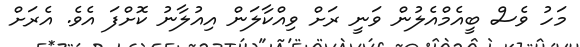
މަހު ވެސް ބީއެމްއެލުން ވަނީ ރަށް ވިއްކާލަން އިއުލާނު ކޮށްފަ އެވެ. އެރަށް